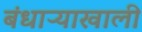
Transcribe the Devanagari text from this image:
बंधाऱ्याखाली